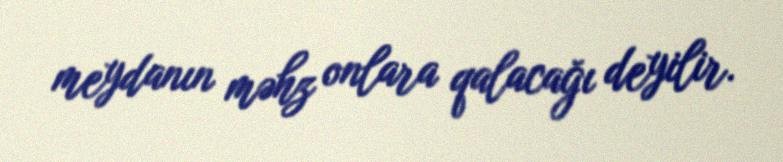
meydanın məhz onlara qalacağı deyilir.